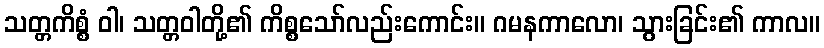
သတ္တကိစ္စံ ဝါ၊ သတ္တဝါတို့၏ ကိစ္စသော်လည်းကောင်း။ ဂမနကာလော၊ သွားခြင်း၏ ကာလ။